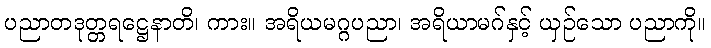
ပညာတဒုတ္တရဋ္ဌေနာတိ၊ ကား။ အရိယမဂ္ဂပညာ၊ အရိယာမဂ်နှင့် ယှဉ်သော ပညာကို။